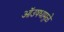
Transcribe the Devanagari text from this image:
ऑउषधामुळे